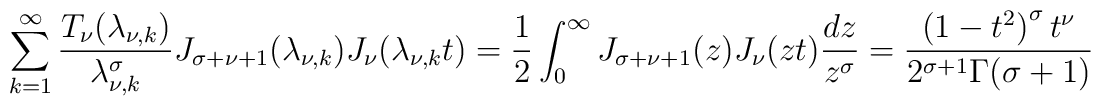
\sum_{k=1}^{\infty }\frac{T_\nu (\lambda _{\nu ,k})}{\lambda _{\nu ,k}^\sigma }J_{\sigma +\nu +1}(\lambda _{\nu ,k}) J_\nu (\lambda _{\nu ,k}t)=\frac{1}{2}\int_{0}^{\infty }{J_{\sigma +\nu +1}(z) J_\nu (zt)\frac{dz}{z^\sigma }}=\frac{\left( 1-t^2\right) ^\sigma  t^\nu }{2^{\sigma +1}\Gamma (\sigma +1)}